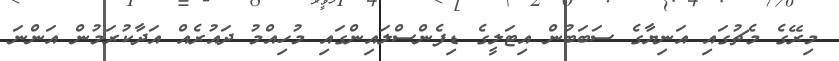
މިރޭގެ މެޗުގައި އަނިޔާގެ ސަބަބުން އިޓަލީގެ ޑިފެންސްލައިންގައި މުހިއްމު ދައުރެއް އަދާކުރަމުން އަންނަ